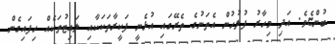
ބުންޏެވެ. އަދި މިހާރު ފުލުހުން އެތަނުގެ ތެރޭގައި އުޅެނީ ފަކީރާތަކަކާއި ލައިޓުތަކެއް ހިފައިގެން